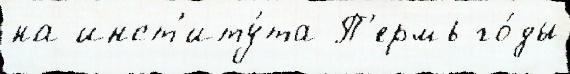
на инст'иту́та П'ермь го́ды